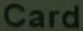
Card